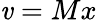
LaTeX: \mathit{v}=Mx